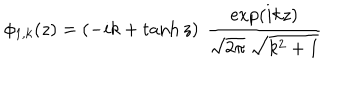
\phi _ { 1 , k } ( z ) = \left( - i k + \tanh z \right) \ { \frac { \exp ( i k z ) } { \sqrt { 2 \pi } \ \sqrt { k ^ { 2 } + 1 } } }